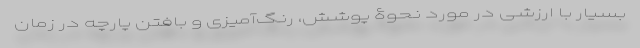
بسیار با ارزشی در مورد نحوۀ پوشش، رنگ‌آمیزی و بافتن پارچه در زمان